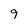
Character: 9